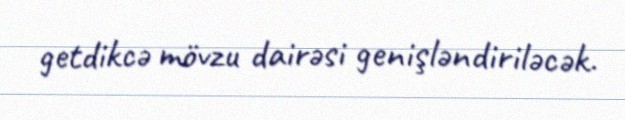
getdikcə mövzu dairəsi genişləndiriləcək.